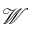
\mathcal { W }